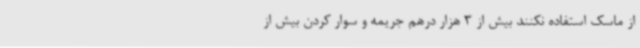
از ماسک استفاده نکنند بیش از 3 هزار درهم جریمه و سوار کردن بیش از